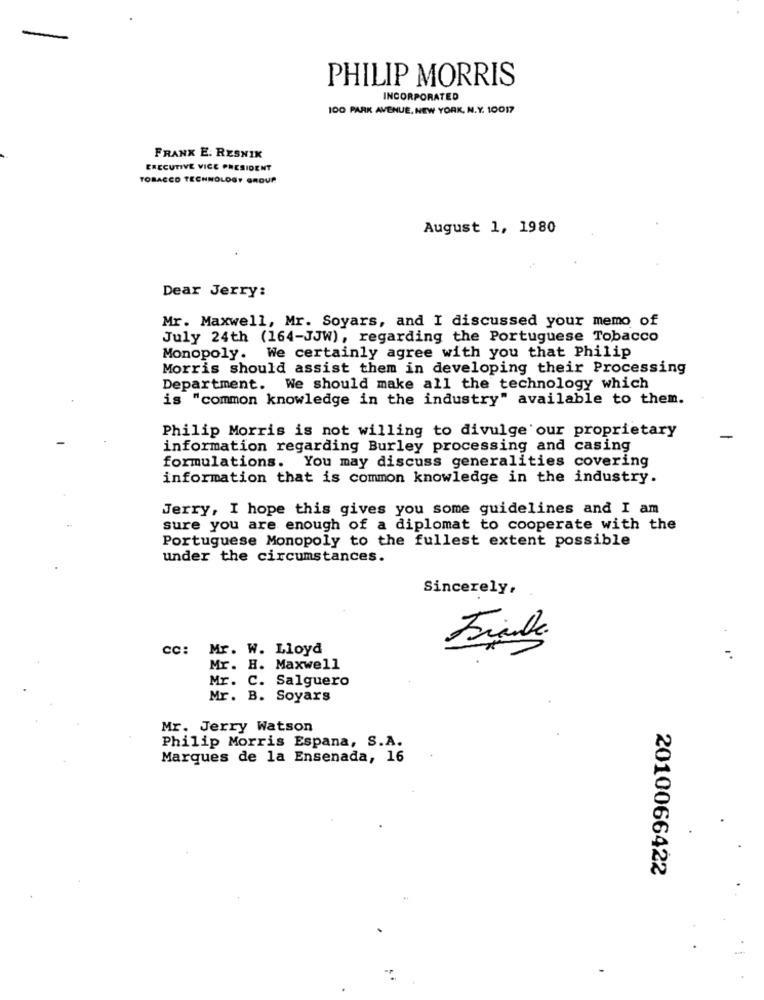
PHILIP MORRIS
INCORPORATED
100 PARK AVENUE, NEW YORK, N.Y. 10017
FRANK E. RESNIK
EXECUTIVE VICE PRESIDENT
TOBACCO TECHNOLOGY GROUP
August 1, 1980
Dear Jerry:
Mr. Maxwell, Mr. Soyars, and I discussed your memo of
July 24th (164-JJW), regarding the Portuguese Tobacco
Monopoly. We certainly agree with you that Philip
Morris should assist them in developing their Processing
Department. We should make all the technology which
is "common knowledge in the industry" available to them.
Philip Morris is not willing to divulge our proprietary
information regarding Burley processing and casing
formulations. You may discuss generalities covering
information that is common knowledge in the industry.
Jerry, I hope this gives you some guidelines and I am
sure you are enough of a diplomat to cooperate with the
Portuguese Monopoly to the fullest extent possible
under the circumstances.
Sincerely,
.
cc: Mr. W. Lloyd
-
Mr. H. Maxwell
Mr. C. Salguero
Mr. B. Soyars
Mr. Jerry Watson
Philip Morris Espana, S.A.
Marques de la Ensenada, 16
2010066422
-
.